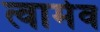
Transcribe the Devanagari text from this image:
त्वामेव